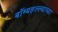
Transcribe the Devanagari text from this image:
बॉम्बहल्ल्याच्या